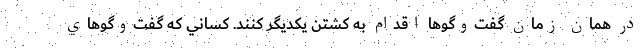
در همان زمان گفت‌وگوها اقدام به كشتن يكديگر كنند. كساني كه گفت‌وگوهاي